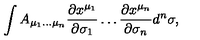
\int A _ { \mu _ { 1 } \ldots \mu _ { n } } { \frac { \partial x ^ { \mu _ { 1 } } } { \partial \sigma _ { 1 } } } \ldots { \frac { \partial x ^ { \mu _ { n } } } { \partial \sigma _ { n } } } d ^ { n } \sigma ,